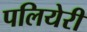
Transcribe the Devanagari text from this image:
पलियेरी